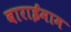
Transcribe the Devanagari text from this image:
बाराईमाम